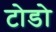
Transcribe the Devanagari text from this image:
टोडो